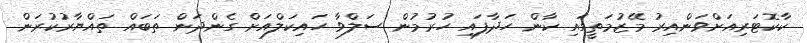
ކާކޮޓަރިއަށްވަންއިރު މޭޒުމަތީގައި ކާން ހަދާފައި ހުރުމުން ސަލްވާ ހައިކަލްއަށް ގެންދަން ތަބައް ތައްޔާރުކުރަން